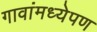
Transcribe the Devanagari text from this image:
गावांमध्येपण